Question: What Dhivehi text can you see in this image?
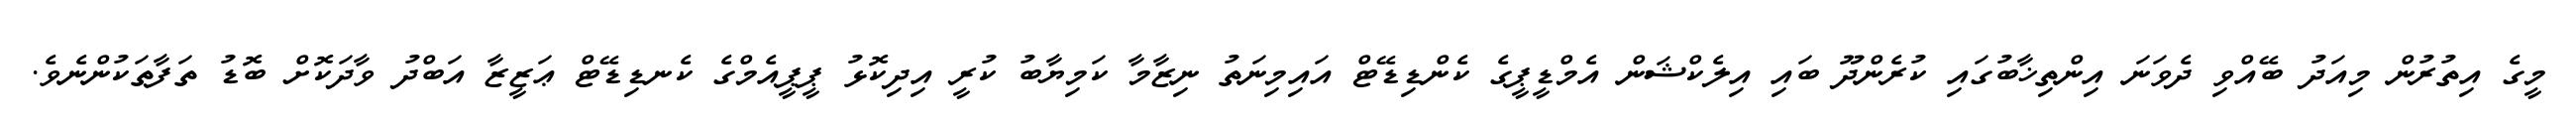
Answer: މީގެ އިތުރުން މިއަދު ބޭއްވި ދެވަނަ އިންތިޚާބުގައި ކުރެންދޫ ބައި އިލެކްޝަން އެމްޑީޕީގެ ކެންޑިޑޭޓް އައިމިނަތު ނިޒާމާ ކަމިޔާބު ކުރީ އިދިކޮޅު ޕީޕީއެމްގެ ކެނޑިޑޭޓް ޢަޒީޒާ އަބްދު ވާދަކޮށް ބޮޑު ތަފާތަކުންނެވެ.